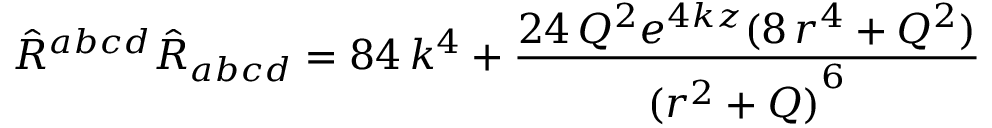
{ \hat { R } } ^ { a b c d } { \hat { R } } _ { a b c d } = 8 4 \, k ^ { 4 } + \frac { 2 4 \, Q ^ { 2 } e ^ { 4 k z } ( 8 \, r ^ { 4 } + Q ^ { 2 } ) } { { ( r ^ { 2 } + Q ) } ^ { 6 } }